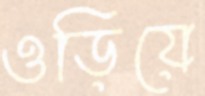
ওড়িয়ে